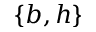
\{ b , h \}